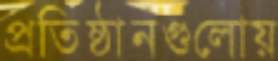
প্রতিষ্ঠানগুলোয়